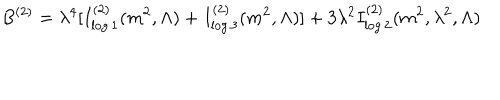
B ^ { ( 2 ) } = \lambda ^ { 4 } [ I _ { \log 1 } ^ { ( 2 ) } ( m ^ { 2 } , \Lambda ) + I _ { \log 3 } ^ { ( 2 ) } ( m ^ { 2 } , \Lambda ) ] + 3 \lambda ^ { 2 } I _ { \log 2 } ^ { ( 2 ) } ( m ^ { 2 } , \lambda ^ { 2 } , \Lambda )